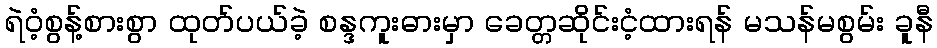
ရဲဝံ့စွန့်စားစွာ ထုတ်ပယ်ခဲ့ စန္ဒကူးဓားမှာ ခေတ္တဆိုင်းငံ့ထားရန် မသန်မစွမ်း ခူနီ